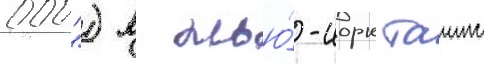
000") в нью́-иорк таимс